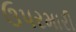
ઉપરમારી